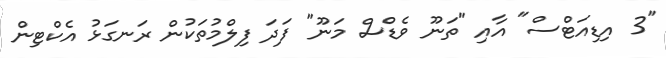
"3 އިޑިއަޓްސް" އާއި "ތަނޫ ވެޑްސް މަނޫ" ފަދަ ފިލްމުތަކުން ރަނގަޅު އެކްޓިން